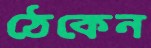
ঠেকেন